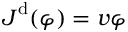
\boldsymbol { J } ^ { \mathrm { d } } ( \varphi ) = \boldsymbol { v } \varphi